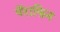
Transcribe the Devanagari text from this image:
पॅराफिन